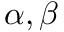
\alpha , \beta